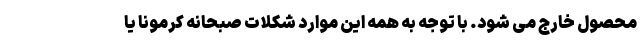
محصول خارج می شود. با توجه به همه این موارد شکلات صبحانه کرمونا یا